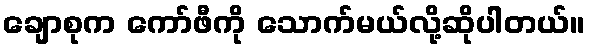
ချောစုက ကော်ဖီကို သောက်မယ်လို့ဆိုပါတယ်။